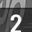
Digit: 2